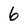
Character: 6